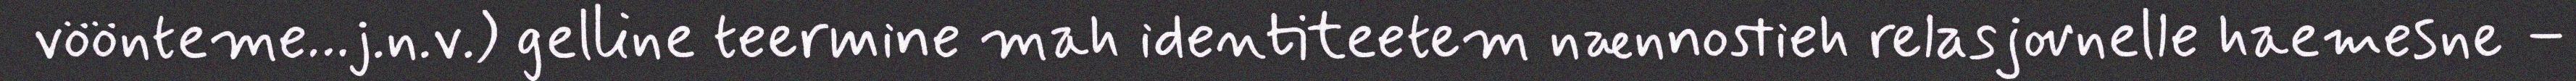
vöönteme…j.n.v.) gelline teermine mah identiteetem nænnostieh relasjovnelle haemesne –